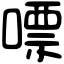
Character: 嘌